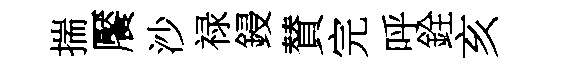
揣饜沙禄鋟賛完呼銓亥